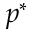
p ^ { * }